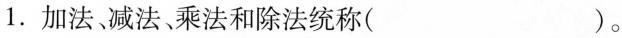
1.加法减法乘法和除法统称（）。